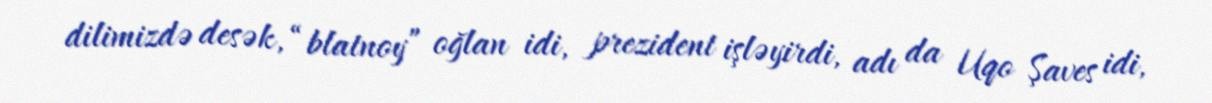
dilimizdə desək, “blatnoy” oğlan idi, prezident işləyirdi, adı da Uqo Şaves idi,